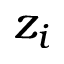
z _ { i }